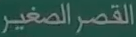
القصرالمغير